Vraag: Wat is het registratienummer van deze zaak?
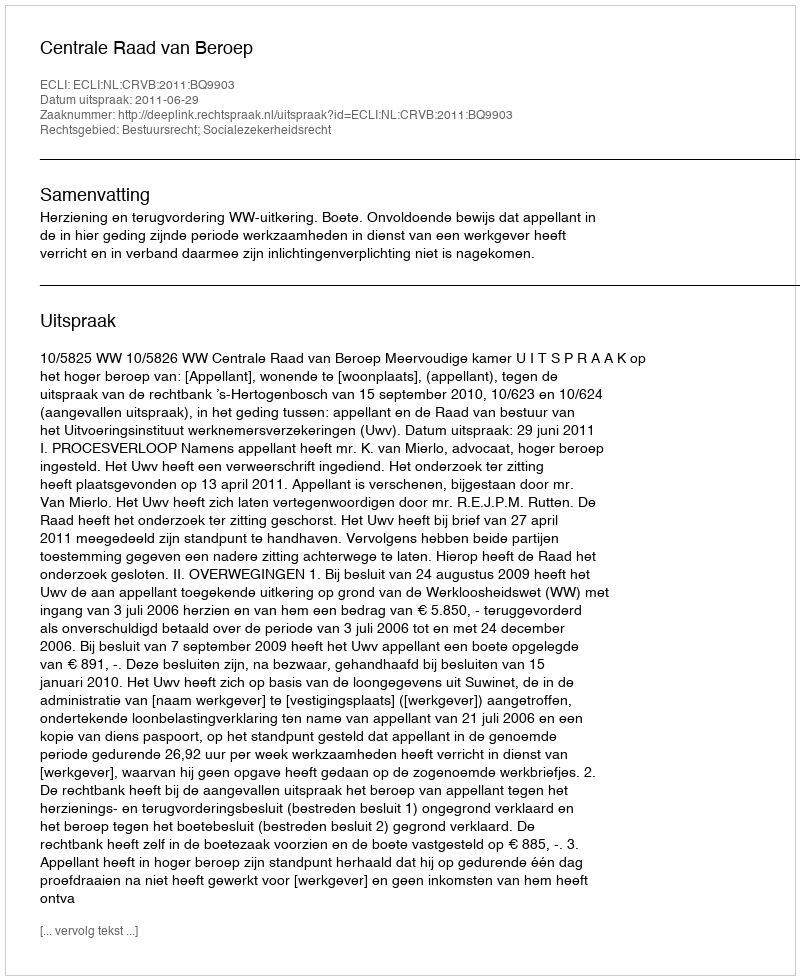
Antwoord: http://deeplink.rechtspraak.nl/uitspraak?id=ECLI:NL:CRVB:2011:BQ9903